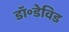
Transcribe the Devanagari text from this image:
डॉ॰डेविड